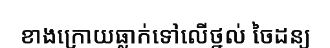
ខាងក្រោយធ្លាក់ទៅលើថ្នល់ ចៃដន្យ